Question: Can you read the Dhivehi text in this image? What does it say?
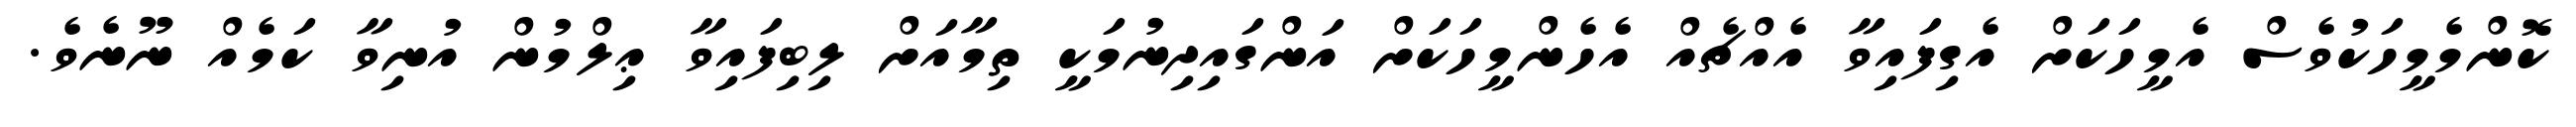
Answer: ކޮންމެމީހަކުވެސް އެމީހަކަށް އެގިފައިވާ އެއްޗެއް އެހެންމީހަކަށް އަންގައިދިނުމަކީ ތިމާއަށް ލިބިފައިވާ ޢިލްމުން އުނިވާ ކަމެއް ނޫނެވެ.